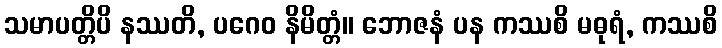
သမာပတ္တိပိ နဿတိ, ပဂေဝ နိမိတ္တံ။ ဘောဇနံ ပန ကဿစိ မဓုရံ, ကဿစိ